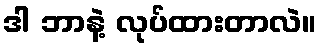
ဒါ ဘာနဲ့ လုပ်ထားတာလဲ။